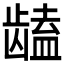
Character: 𱌻